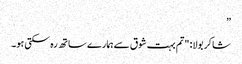
”
شاکر بولا: "تم بہت شوق سے ہمارے ساتھ رہ سکتی ہو۔